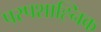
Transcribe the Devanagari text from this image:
पस्पशाह्निक